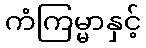
ကံကြမ္မာနှင့်